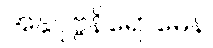
အနုပုဗ္ဗနိရောဓေန